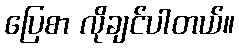
ပြေစာ လိုချင်ပါတယ်။